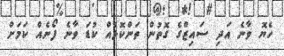
ހެޔޮ ވާނެ އަދި ސައިޒްގެ ގޮތުން ތަންކޮޅެއް ކުޑަ ވާނެ ފޯނެއް ކަމަށް